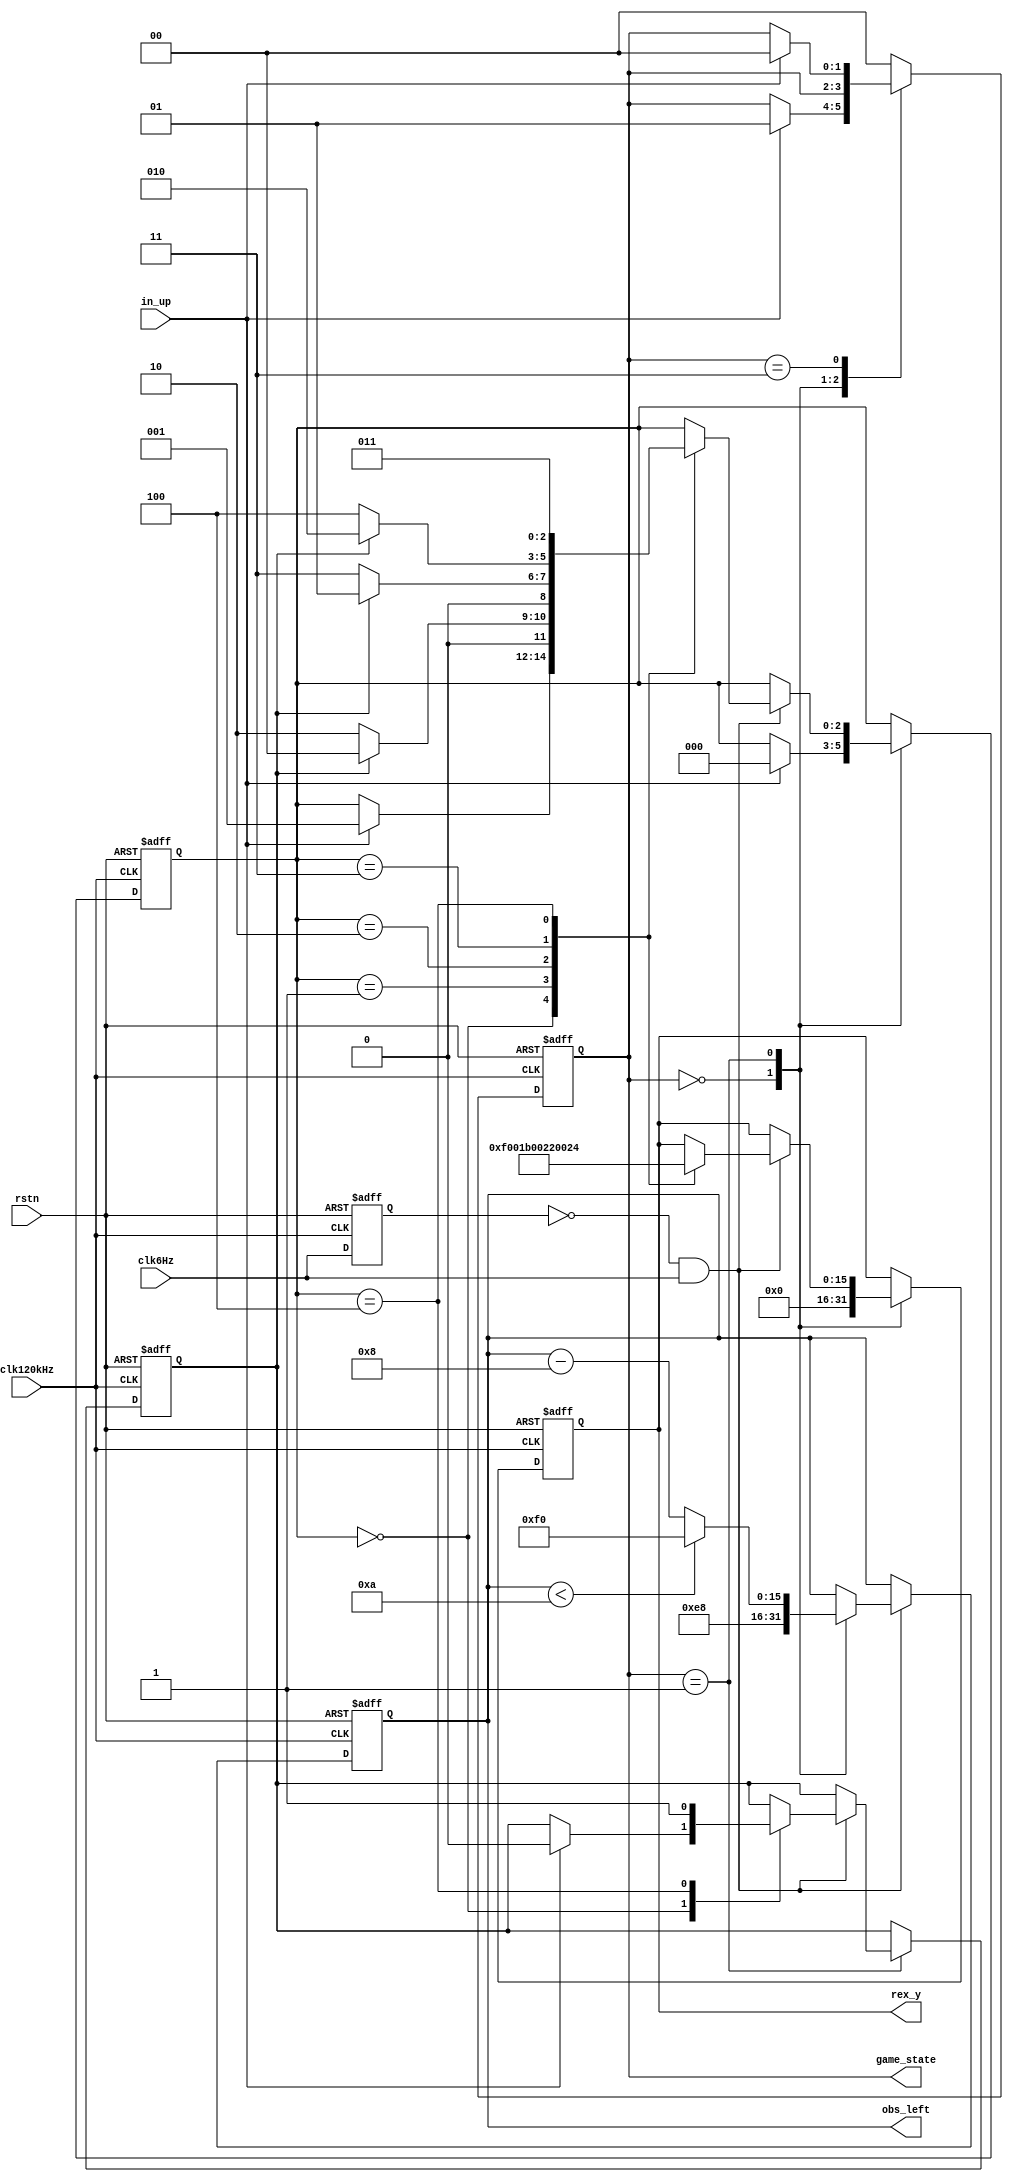
//
//(x,7)
module GameCenter(
									clk120kHz,
									clk6Hz,
									rstn,
									in_up,						//input ,to jump
									rex_y,				   //(y)7bit   0/15/27/34/36 
									obs_left,      //(x)9bit
									game_state           //2bit
									);

input   				  clk120kHz;
input					clk6Hz;
input 						rstn;
input 						in_up;							
output[15:0] 			rex_y; 							
output[15:0]			obs_left;						
output[1:0]				game_state;				  


reg[15:0]    			rex_y; 
reg[15:0]	  			obs_left;	
reg[1:0]				game_state;				   //2
reg[2:0]    			rex_state;      //rex_state
reg[1:0] 				pin_pos;			   //
reg						rex_falling;				 // 01
reg[15:0]    			cnt_obs;             //
reg[15:0]    			cnt_rex;						 //

parameter				init = 0;				//
parameter				playing = 1;				//
parameter				over = 3;				//
parameter   			rex_go    = 0; //               0
parameter  				rex_jump1 = 1;	///  15
parameter   			rex_jump2 = 2;	///  27
parameter   			rex_jump3 = 3;	///  34
parameter  			  	rex_jump4 = 4;	//       36
parameter         		rex_x = 16;		//
parameter   			rex_x_right = 32;		//
parameter   			obs_high= 26;    //
parameter   			obs_width  = 16;						//16//////////////////////////////////////////////
parameter				div_rex = 30000;//
parameter				div_obs = 30000;//


wire[15:0]				obs_right; 
wire							pin_up_edge;

assign 						pin_up_edge = pin_pos[0]&(!pin_pos[1]);			//pin_up_edge=1,
assign      			obs_right = obs_left + obs_width;    //

//// clk6HzSpike

reg clk6HzHistory;
wire clk6HzSpike;
assign clk6HzSpike = (~clk6HzHistory)&clk6Hz;
always@(posedge clk120kHz or negedge rstn)begin
	if(~rstn)begin
		clk6HzHistory<=0;
	end
	else begin
		clk6HzHistory<=clk6Hz;
	end
end

////

always@(posedge clk120kHz or negedge rstn)begin
	if(~rstn)begin
		game_state <= init;
		pin_pos <= 0;	
		cnt_rex		<= 0;
		rex_falling <= 0;
		rex_state <=0;
		rex_y<=0;
	end
	else begin 						
		// pin_pos[1] <= pin_pos[0]; 
		// pin_pos[0] <= in_up;																//

		
		case(game_state)
			init: begin																			//
				if(in_up)begin
					game_state <= playing;																//2
					rex_state <= rex_go;
				end
				rex_y <= 16'd0;   
			end
			
			playing: begin																	//2 
				if(clk6HzSpike)begin
					case(rex_state)
						rex_go:begin
							rex_y<=0;
							if(in_up)begin
								rex_state <= rex_jump1;
								// rex_y<=0;
								rex_falling <= 0;
							end
						end
						rex_jump1:begin
							rex_y<=15;
							if(rex_falling)begin
								// rex_y<=0;
								rex_state<=rex_go;
							end
							else begin
								// rex_y<=15;
								rex_state<=rex_jump2;
							end
						end
						rex_jump2:begin
							rex_y<=27;
							if(rex_falling)begin
								rex_state<=rex_jump1;
							end
							else begin
								rex_state<=rex_jump3;
							end
						end
						rex_jump3:begin
							rex_y<=34;
							if(rex_falling)begin
								rex_state<=rex_jump2;
							end
							else begin
								rex_state<=rex_jump4;
							end
						end
						rex_jump4:begin
							rex_y<=36;
							rex_falling<=1;
							rex_state<=rex_jump3;
						end
					endcase
				end
				////////////////
				// else if(rex_falling)begin  																//
				// 	if(obs_right == rex_x)begin  						//
				// 		if(rex_y < obs_high)begin								//   
				// 			game_state <= over;
				// 		end
				// 	end
				// end
				// else begin																//
				// 	if(obs_left == rex_x_right)begin  						//
				// 		if(rex_y < obs_high)begin								//   
				// 			game_state <= over;
				// 		end
				// 	end
				// end
				////////////		
				
				////////////////
				// if(rex_falling)begin  																//
				// 	if(obs_right == rex_x)begin  						//
				// 		if(rex_y < obs_high)begin								//   
				// 			game_state <= over;
				// 		end
				// 	end
				// end
				// if(~rex_falling) begin																//
				// 	if(obs_left == rex_x_right)begin  						//
				// 		if(rex_y < obs_high)begin								//   
				// 			game_state <= over;
				// 		end
				// 	end
				// end
				////////////
			end
			over: begin																		//
				if(in_up)begin
					game_state <= init;																//
				end
			end
			
		default:	game_state<=init;	
		endcase

	end

end

always@(posedge clk120kHz or negedge rstn)begin														///
	if(~rstn)begin
		obs_left <=0;
		cnt_obs <= 0;
	end
	else begin
		if(clk6HzSpike)begin
			case(game_state)
				init:begin
					obs_left	<= 16'd232;														//00x=232
				end
				playing:begin
					if(obs_left < 10)begin
						obs_left <= 240;//
					end
					else begin
						obs_left <= obs_left - 8;//x-8,8	
					end
				end
			endcase
		end
	end
end

endmodule